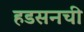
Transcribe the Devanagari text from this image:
हडसनची